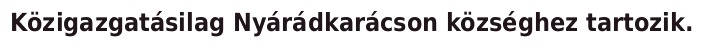
Közigazgatásilag Nyárádkarácson községhez tartozik.